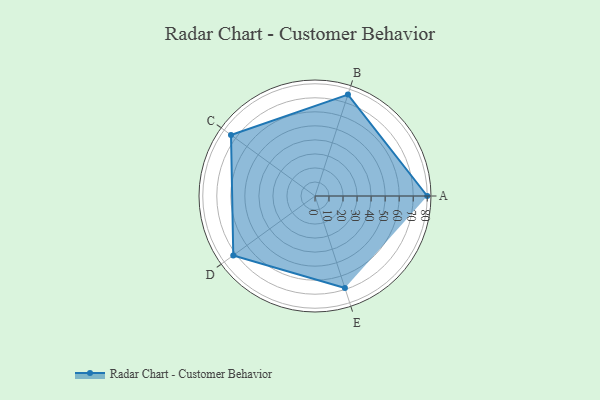
{"axis": {"x": "Skill", "y": "Score"}, "legend": ["Profile"], "data": [{"x": "A", "y": 80.0, "type": "Profile"}, {"x": "B", "y": 76.0, "type": "Profile"}, {"x": "C", "y": 74.0, "type": "Profile"}, {"x": "D", "y": 72.0, "type": "Profile"}, {"x": "E", "y": 69.0, "type": "Profile"}]}